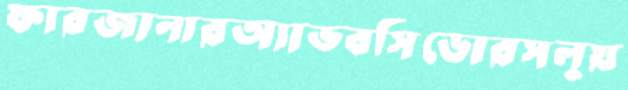
ফারজানারঅ্যাভবসিডোরসলুয়